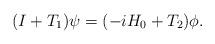
LaTeX: \begin{align*}(I+T_1)\psi=(-iH_0+T_2)\phi.\end{align*}